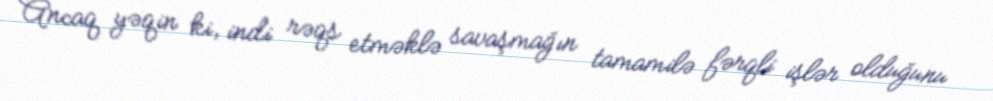
Ancaq yəqin ki, indi rəqs etməklə savaşmağın tamamilə fərqli işlər olduğunu